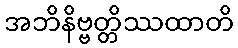
အဘိနိဗ္ဗတ္တိဿထာတိ